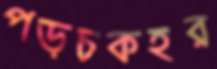
পড়চকহর